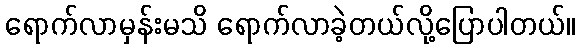
ရောက်လာမှန်းမသိ ရောက်လာခဲ့တယ်လို့ပြောပါတယ်။